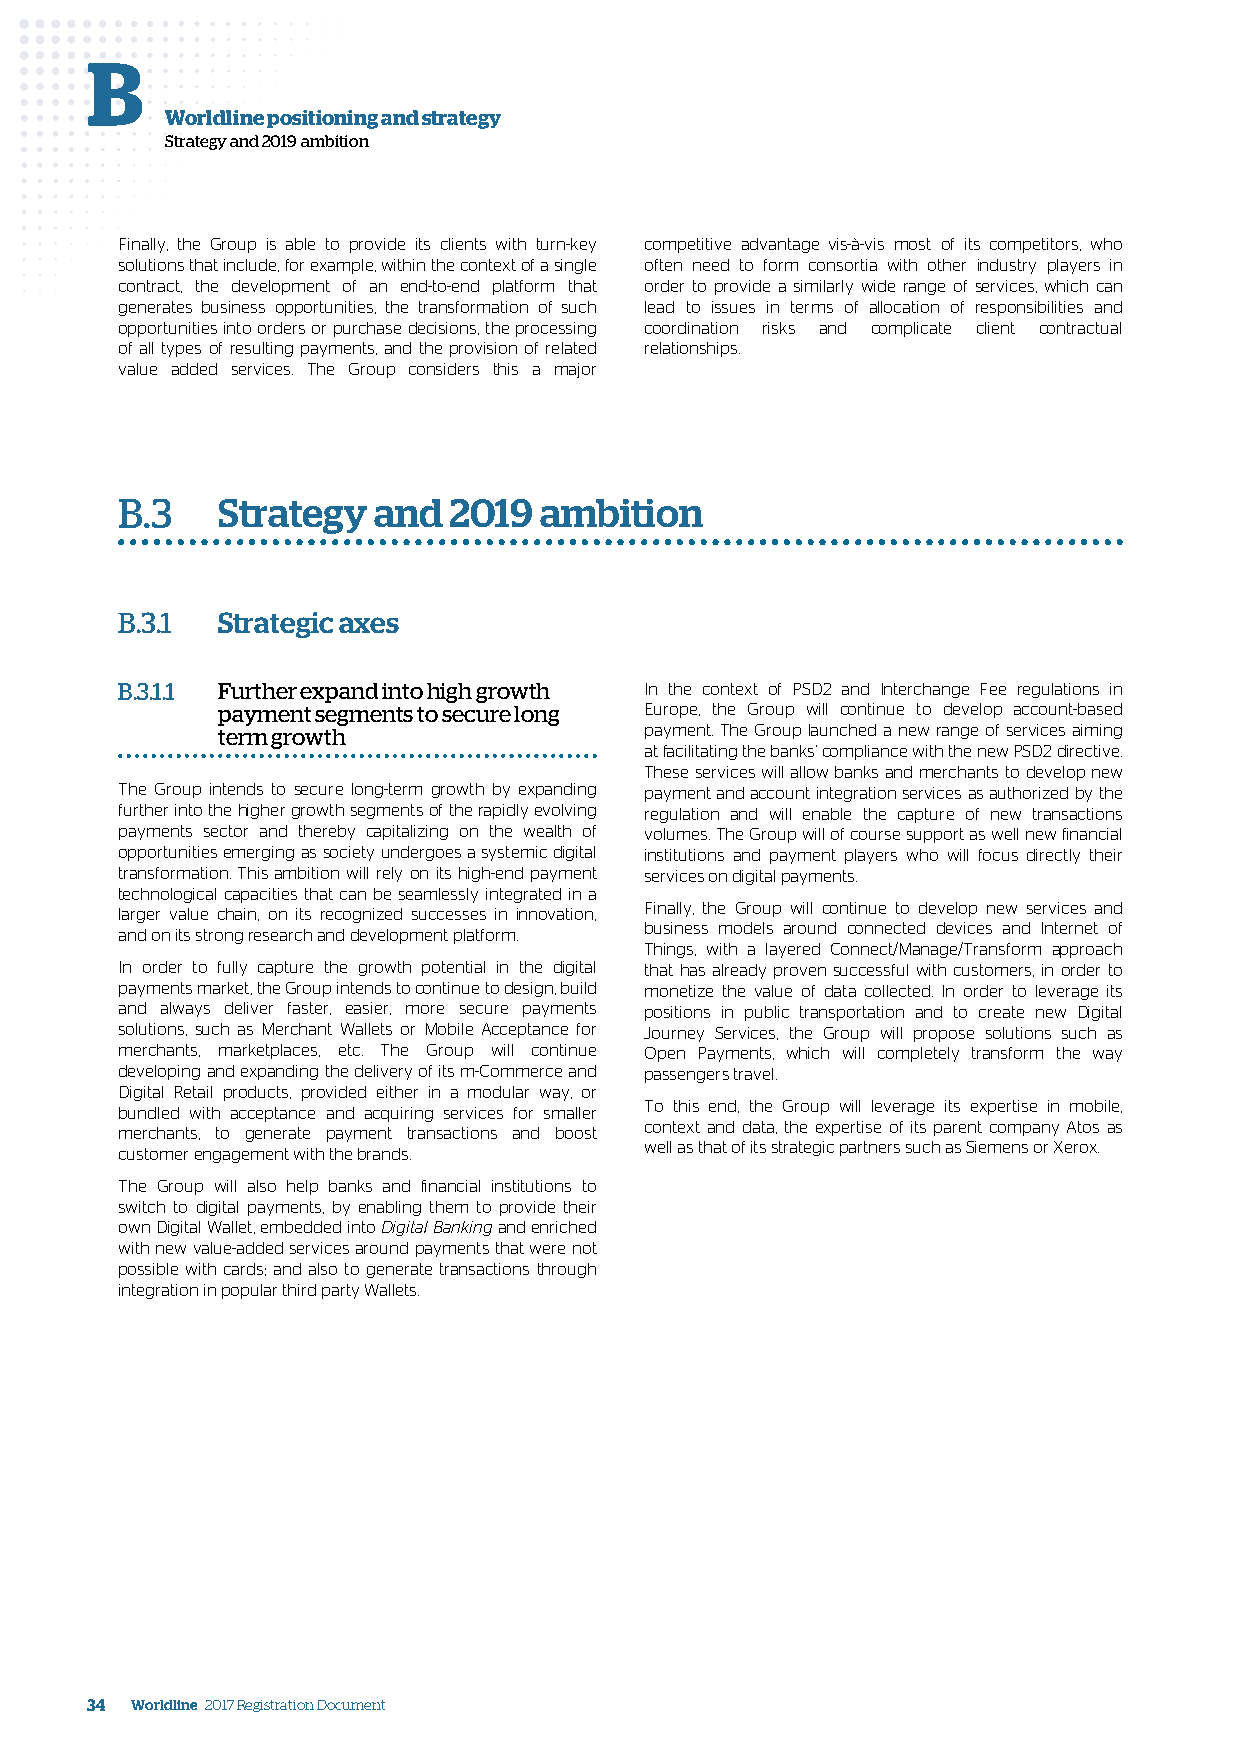
B
 Worldline positioning and strategy
 Strategy and 2019 ambition
 Finally, the Group is able to provide its clients with turn-key competitive advantage vis-à-vis most of its competitors, who
 solutions that include, for example, within the context of a single often need to form consortia with other industry players in
 contract, the development of an end-to-end platform that order to provide a similarly wide range of services, which can
 generates business opportunities, the transformation of such lead to issues in terms of allocation of responsibilities and
 opportunities into orders or purchase decisions, the processing coordination risks and complicate client contractual
 of all types of resulting payments, and the provision of related relationships.
 value added services. The Group considers this a major
 B.3   Strategy   and  2019  ambition
 B.3.1 Strategic axes
 B.3.1.1 Further expand into high growth In the context of PSD2 and Interchange Fee regulations in
 payment segments to secure long Europe, the Group will continue to develop account-based
 term growth                  payment. The Group launched a new range of services aiming
 at facilitating the banks’ compliance with the new PSD2 directive.
 These services will allow banks and merchants to develop new
 The Group intends to secure long-term growth by expanding payment and account integration services as authorized by the
 further into the higher growth segments of the rapidly evolving regulation and will enable the capture of new transactions
 payments sector and thereby capitalizing on the wealth of volumes. The Group will of course support as well new financial
 opportunities emerging as society undergoes a systemic digital institutions and payment players who will focus directly their
 transformation. This ambition will rely on its high-end payment services on digital payments.
 technological capacities that can be seamlessly integrated in a
 Finally, the Group will continue to develop new services and
 larger value chain, on its recognized successes in innovation,
 business models around connected devices and Internet of
 and on its strong research and development platform.
 Things, with a layered Connect/Manage/Transform approach
 In order to fully capture the growth potential in the digital that has already proven successful with customers, in order to
 payments market, the Group intends to continue to design, build monetize the value of data collected. In order to leverage its
 and always deliver faster, easier, more secure payments positions in public transportation and to create new Digital
 solutions, such as Merchant Wallets or Mobile Acceptance for Journey Services, the Group will propose solutions such as
 merchants, marketplaces, etc. The Group will continue Open Payments, which will completely transform the way
 developing and expanding the delivery of its m-Commerce and passengers travel.
 Digital Retail products, provided either in a modular way, or
 To this end, the Group will leverage its expertise in mobile,
 bundled with acceptance and acquiring services for smaller
 context and data, the expertise of its parent company Atos as
 merchants, to generate payment transactions and boost
 well as that of its strategic partners such as Siemens or Xerox.
 customer engagement with the brands.
 The Group will also help banks and financial institutions to
 switch to digital payments, by enabling them to provide their
 own Digital Wallet, embedded into Digital Banking and enriched
 with new value-added services around payments that were not
 possible with cards; and also to generate transactions through
 integration in popular third party Wallets.
 34 Worldline 2017 Registration Document